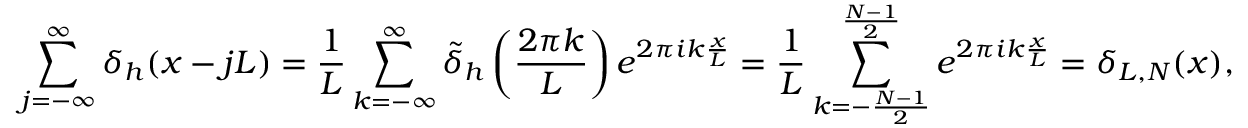
\sum _ { j = - \infty } ^ { \infty } \delta _ { h } ( x - j L ) = \frac { 1 } { L } \sum _ { k = - \infty } ^ { \infty } \tilde { \delta } _ { h } \left( \frac { 2 \pi k } { L } \right) e ^ { 2 \pi i k \frac { x } { L } } = \frac { 1 } { L } \sum _ { k = - \frac { N - 1 } { 2 } } ^ { \frac { N - 1 } { 2 } } e ^ { 2 \pi i k \frac { x } { L } } = \delta _ { L , N } ( x ) ,